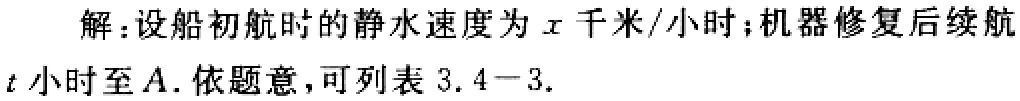
解：设船初航时的静水速度为\(x\)千米/小时；机器修复后续航\(t\)小时至\(A\). 依题意，可列表 \(3.4 - 3\).